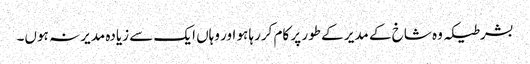
بشرطیکہ وہ شاخ کے مدیر کے طور پر کام کررہا ہو اور وہاں ایک سے زیادہ مدیر نہ ہوں۔